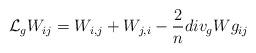
LaTeX: \begin{align*}\mathcal{L}_g W_{ij}=W_{i,j}+W_{j,i}-\frac{2}{n}div_g W g_{ij}\end{align*}